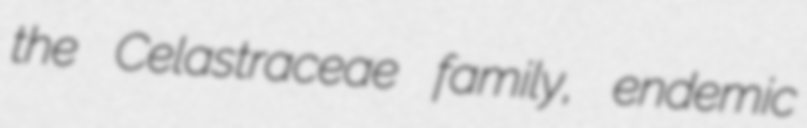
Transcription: the Celastraceae family, endemic